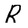
Character: R